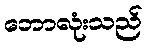
ဘောလုံးသည်